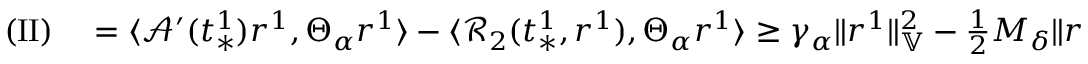
\begin{array} { r l } { \mathrm { ( I I ) } } & { { } = \langle \mathcal { A } ^ { \prime } ( t _ { * } ^ { 1 } ) r ^ { 1 } , \Theta _ { \alpha } r ^ { 1 } \rangle - \langle \mathcal { R } _ { 2 } ( t _ { * } ^ { 1 } , r ^ { 1 } ) , \Theta _ { \alpha } r ^ { 1 } \rangle \ge \gamma _ { \alpha } \| r ^ { 1 } \| _ { \mathbb { V } } ^ { 2 } - \frac { 1 } { 2 } M _ { \delta } \| r ^ { 1 } \| _ { \mathbb { V } } ^ { 2 } \| \Theta _ { \alpha } r ^ { 1 } \| _ { \mathbb { V } } } \end{array}